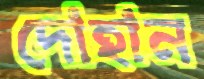
দোহান